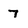
Character: 7